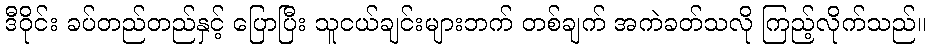
ဒီဝိုင်း ခပ်တည်တည်နှင့် ပြောပြီး သူငယ်ချင်းများဘက် တစ်ချက် အကဲခတ်သလို ကြည့်လိုက်သည်။